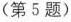
(第5题)